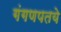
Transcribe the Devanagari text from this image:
गंगणपतये